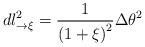
LaTeX: \begin{align*}dl_{\rightarrow\xi}^{2}\overset{}{=}\frac{1}{\left(1+\xi\right) ^{2}}\Delta\theta^{2} \end{align*}